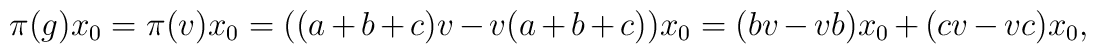
\pi (g) x_0 = \pi (v) x_0 = ((a+b+c)v-v(a+b+c))x_0=(bv-vb)x_0 + (cv-vc)x_0,